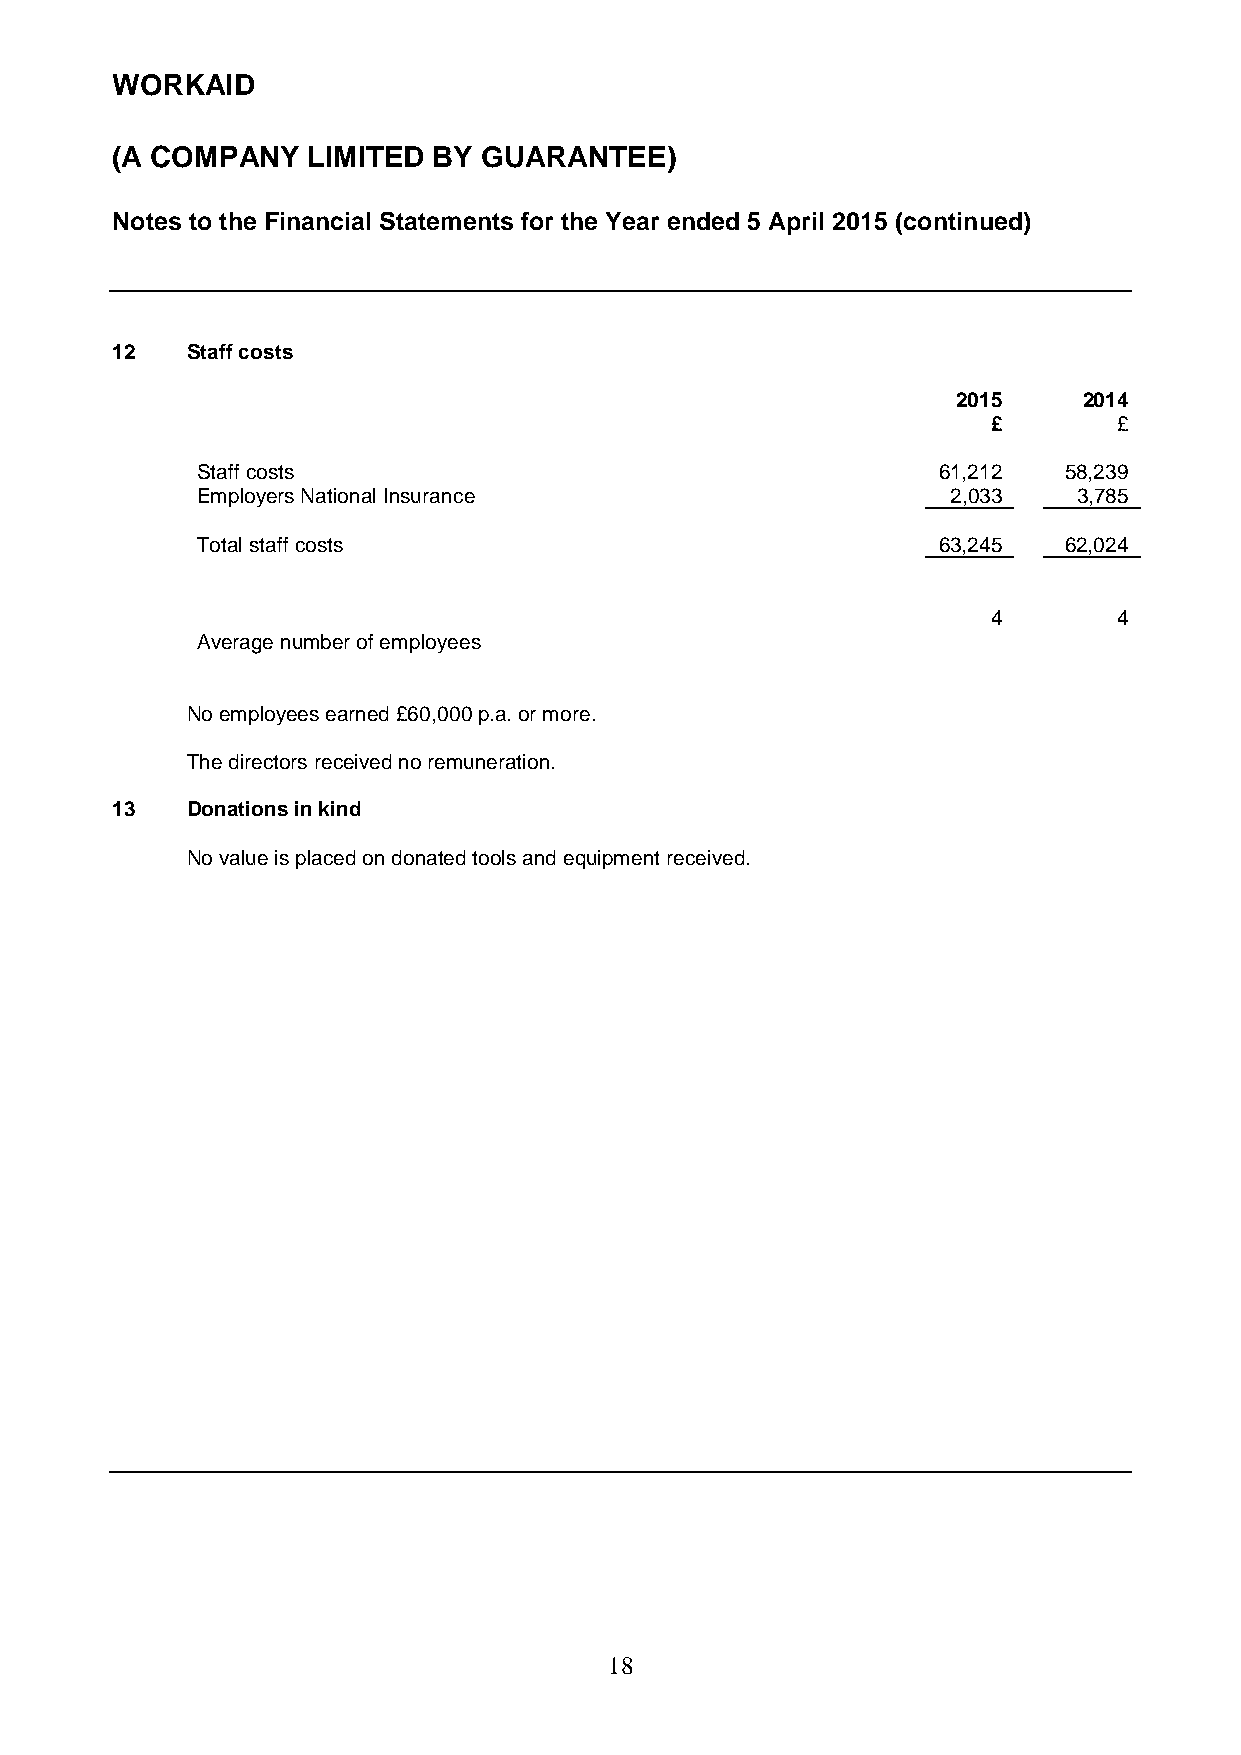
WORKAID
 (A COMPANY   LIMITED  BY GUARANTEE)
 Notes to the Financial Statements for the Year ended 5 April 2015 (continued)
 12   Staff costs
 2015     2014
 £       £
 Staff costs                                      61,212  58,239
 Employers National Insurance                      2,033   3,785
 Total staff costs                                63,245  62,024
 4       4
 Average number of employees
 No employees earned £60,000 p.a. or more.
 The directors received no remuneration.
 13   Donations in kind
 No value is placed on donated tools and equipment received.
 1 8